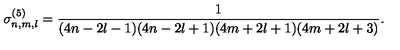
\sigma _ { n , m , l } ^ { ( 5 ) } = \frac { 1 } { ( 4 n - 2 l - 1 ) ( 4 n - 2 l + 1 ) ( 4 m + 2 l + 1 ) ( 4 m + 2 l + 3 ) } .